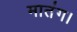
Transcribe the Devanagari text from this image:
मातंग।